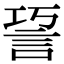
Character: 䛒